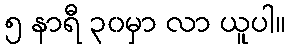
၅ နာရီ ၃၀မှာ လာ ယူပါ။